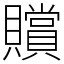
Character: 贘